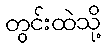
တွင်းထဲသို့